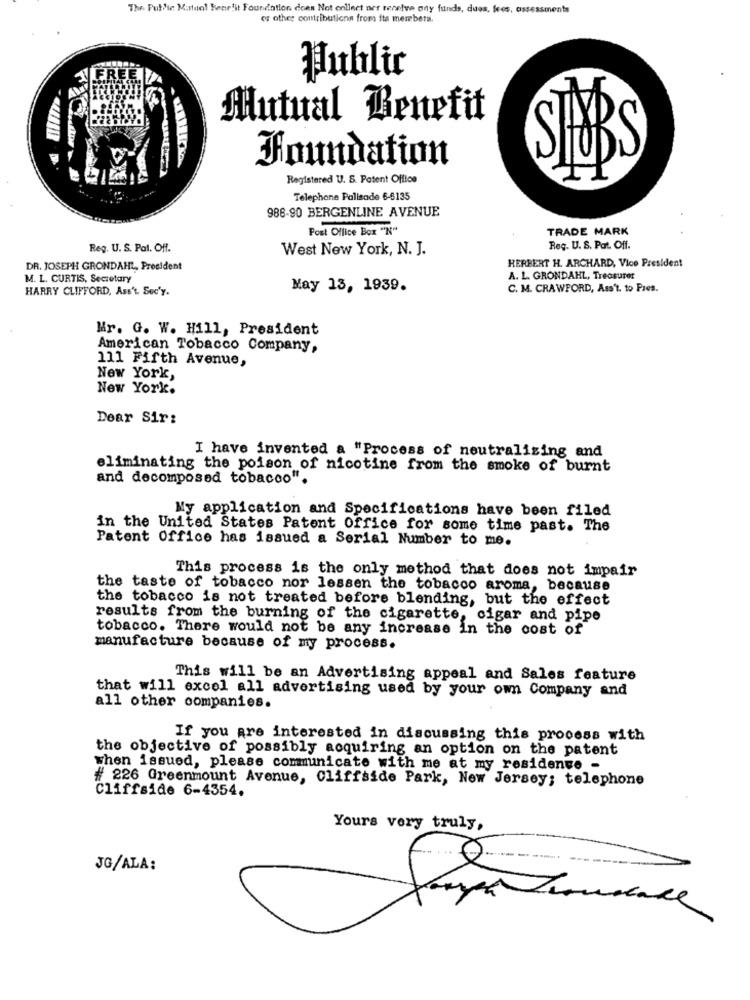
The Public Mastaol Benefit Foundation does Not collect ner receive ony funds, dues, fees, assessments
or other contributions from its members.
Public
Mutual Benefit
Foundation
Registered U. S. Patent Office
Telephone Palisade 6-6135
988-90 BERGENLINE AVENUE
Post Office Box "N"
TRADE MARK
Reg. U. S. Pal. Off.
West New York, N. J.
Reg. U. S. Pat. Off.
DR. JOSEPH GRONDAHL, President
HERBERT H. ARCHARD, Vice President
M. L. CURTIS, Secretary
A. L. GRONDAHL, Treasures
HARRY CLIFFORD, Ass'L Sec'y.
May 13, 1939.
C. M. CRAWFORD, Ass't, to Pres.
Mr. G. W. Hill, President
American Tobacco Company,
111 Fifth Avenue,
New York,
New York.
Dear Sir:
I have invented a "Process of neutralizing and
eliminating the poison of nicotine from the smoke of burnt
and decomposed tobacco".
My application and Specifications have been filed
in the United States Patent Office for some time past. The
Patent Office has issued a Serial Number to me.
This process is the only method that does not impair
the taste of tobacco nor lessen the tobacco aroma, because
the tobacco is not treated before blending, but the effect
results from the burning of the cigarette, cigar and pipe
tobacco. There would not be any increase in the cost of
manufacture because of my process.
This will be an Advertising appeal and Sales feature
that will excel all advertising used by your own Company and
all other companies.
If you are interested in discussing this process with
the objective of possibly acquiring an option on the patent
when issued, please communicate with me at my residente -
# 226 Greenmount Avenue, Cliffside Park, New Jersey; telephone
Cliffside 6-4354.
Yours very truly,
JG/ALA: